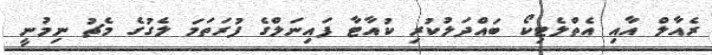
ރެއާލް އާއި އެތްލެޓިކޯ ބައްދަލުކުރި ކުއާޓާ ފައިނަލްގެ ފުރަތަމަ ލެގުގެ މެޗު ނިމުނީ